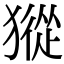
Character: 𤡆